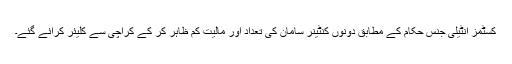
کسٹمز انٹیلی جنس حکام کے مطابق دونوں کنٹینر سامان کی تعداد اور مالیت کم ظاہر کر کے کراچی سے کلیئر کرائے گئے۔